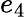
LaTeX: e_{4}